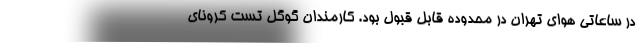
در ساعاتی هوای تهران در محدوده قابل قبول بود. کارمندان گوگل تست کرونای